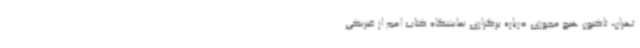
تهران، تاکنون هیچ مجوزی درباره برگزاری نمایشگاه کتاب اعم از فیزیکی